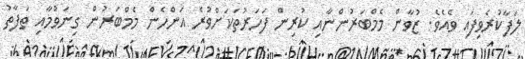
ލަފާކުރެވިފައި ވެއެވެ. ޒުވާން މެމްބަރުންނާއި ކުރިން ފަހަރުތަކަށްވުރެ އަންހެން މެމްބަރުން ގިނަވުމާއި ތަފާތު